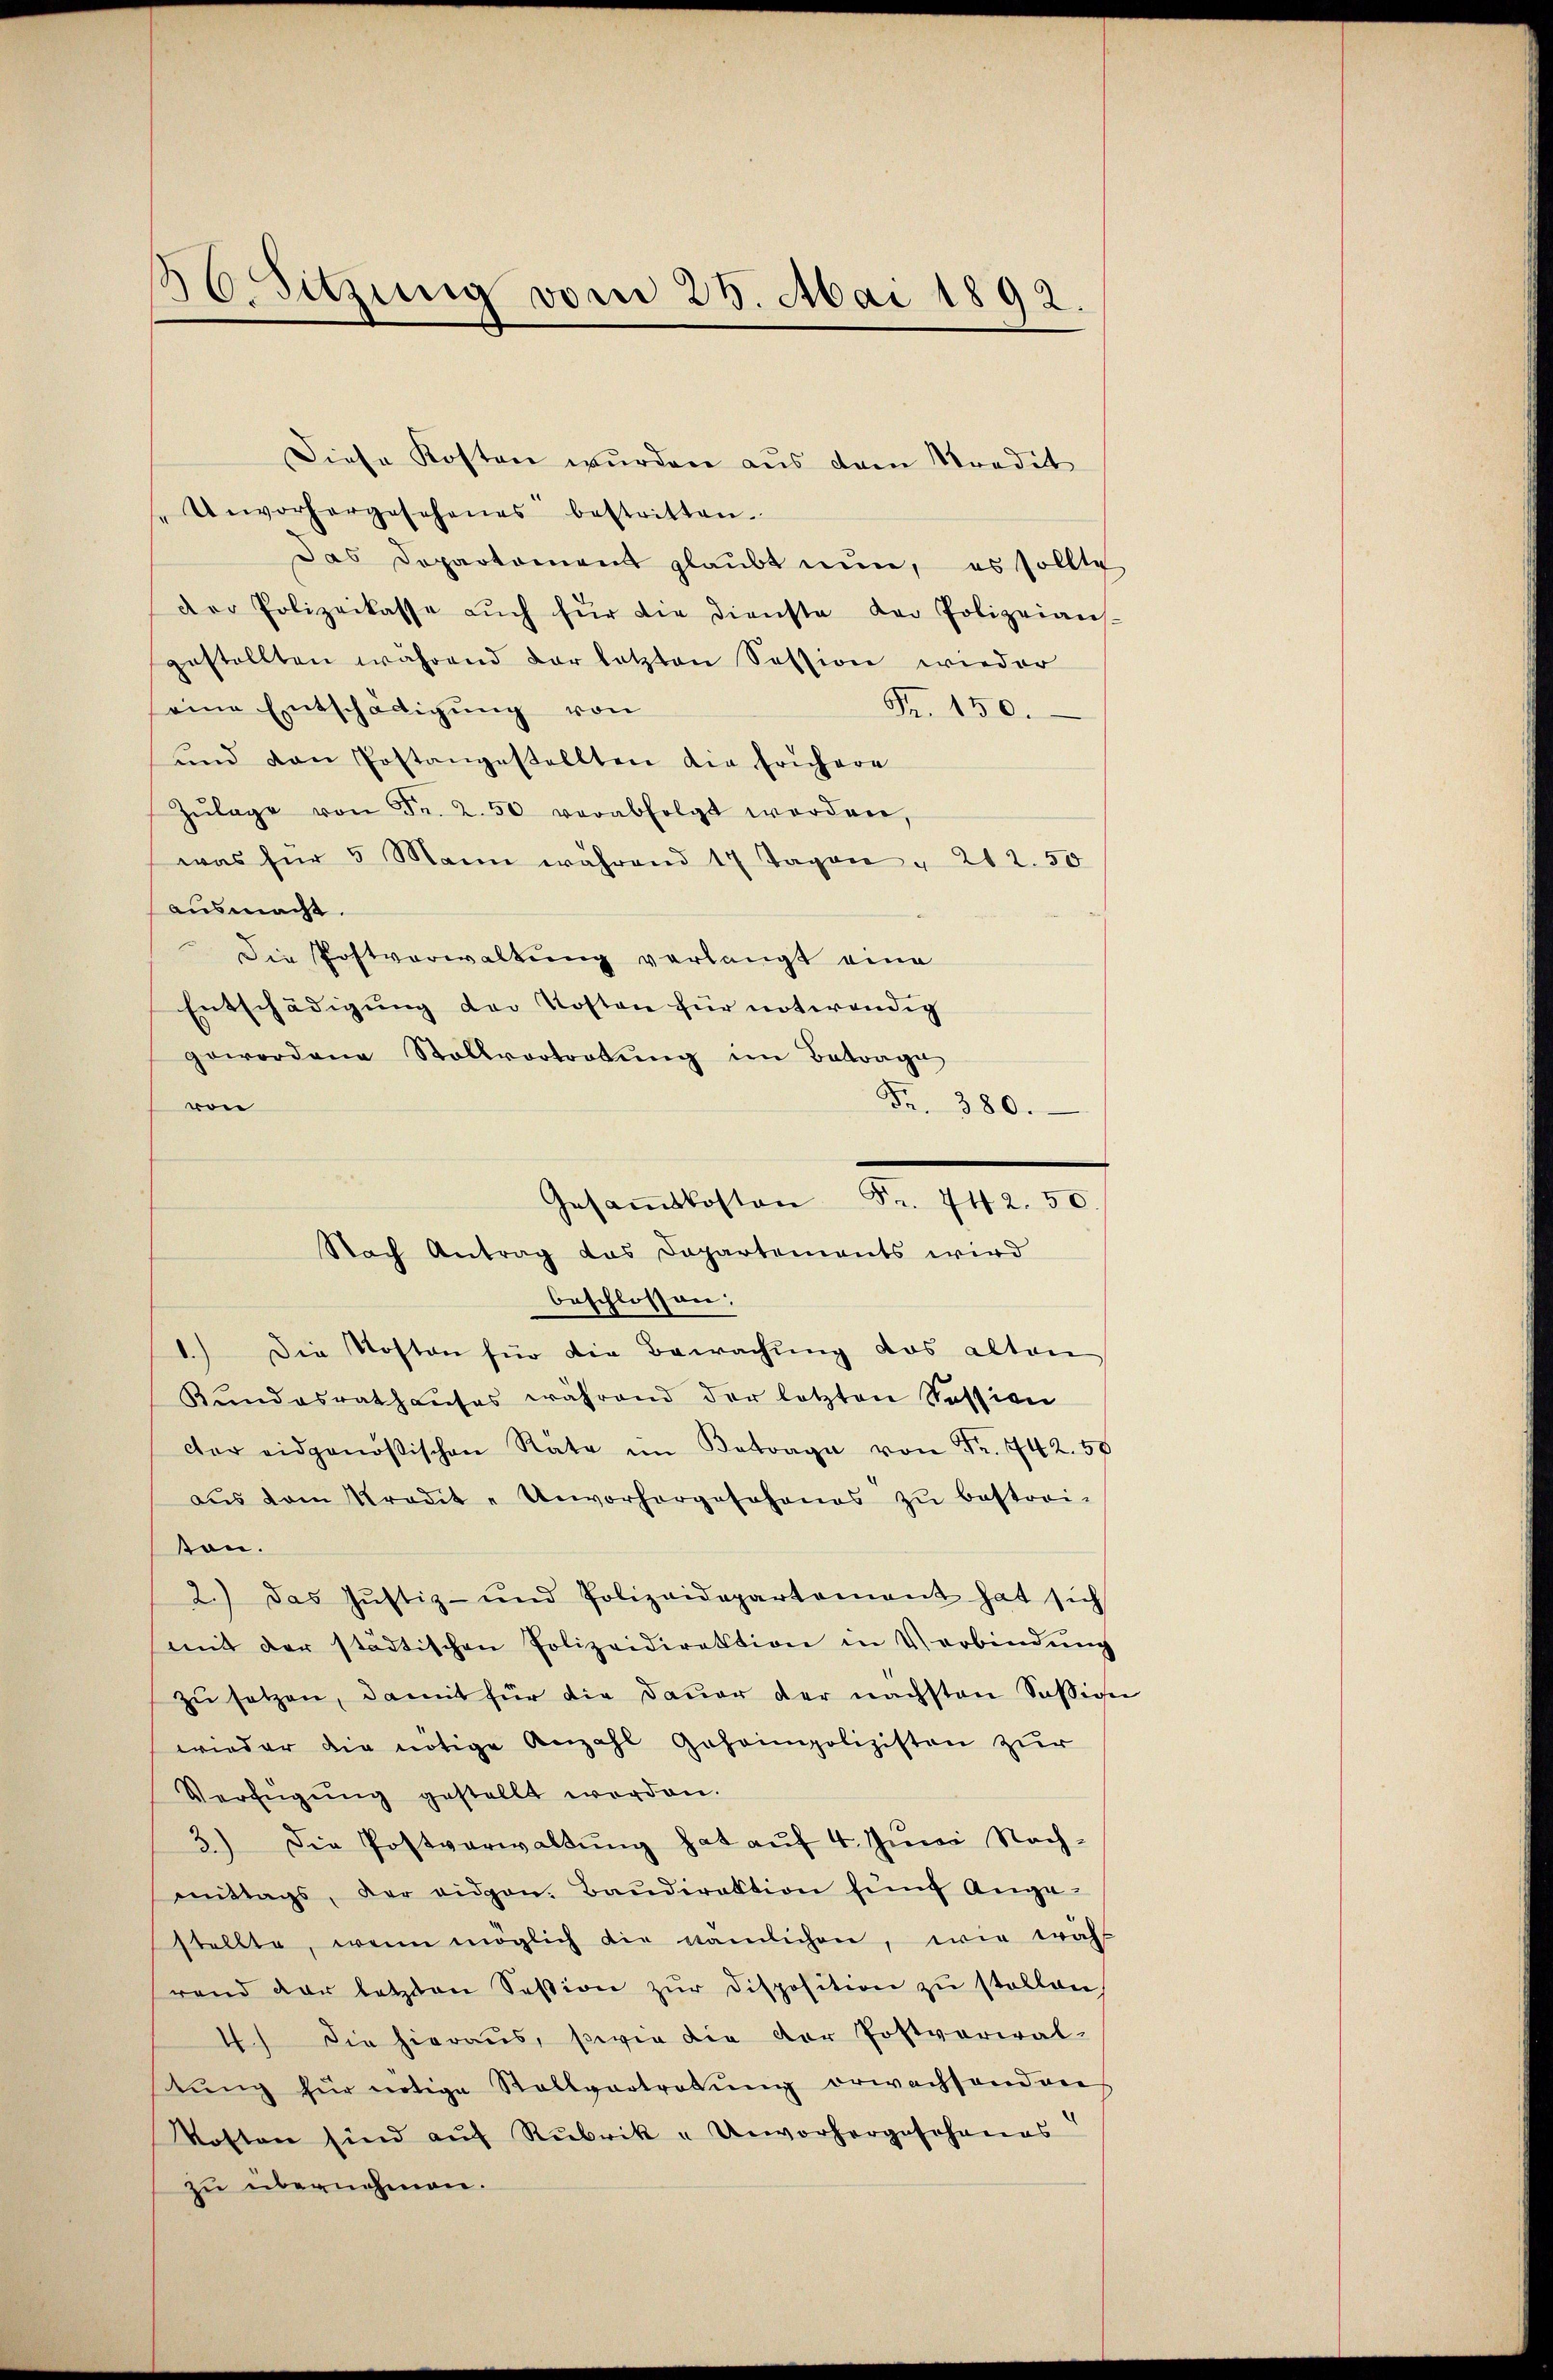
86. Sitzung vom 25. Mai 1892.

Diese Kosten wurden aus dem Stradit
"Unvorhergeschenes bestritten.
Das Departement glaubt nun, es sollte
der Polizeikasse aŭch für die dienste der Polizeian-
gestellten während der letzten Session wieder
seine Entschädigung von
Fr. 150.
und den Postangestellten die frühere
Zŭlage von Fr. 2.50 verabfolgt worden,
was für 5 Mann während 14 Tagen " 212.50
ausmacht.
Die Postverwaltung verlangt eine
Entschädigung der Kosten für notwendig
gewordene Stollvortretŭng im Betrage
von
Fr. 380.
Gesaṁtkosten Fr. 442. 50.
Nach Antrag das Dapartements wird
beschlossen:
1.) Die Kosten für die Bewachung das alten
Kŭndesrathaŭses während der letzten Session
der eidgenößischen Räte im Betrage von Fr. 742. 58
aŭs dem Kredit- Unvorhergeschenes zŭ bestrei-
ton.
2.) Das Jŭstiz- und Polizeidepartement hat sich
mit der städtischen Polizeidirektion in Verbindŭng
zŭ setzen, damit für die Dauer der nächsten Sassige
wieder die nötige Anzahl Geheimpolizisten zur
Verfügŭng gestellt werden.
3.) Die Postverwaltung hat auf 4. Juni Nachmittags, der eidgen. Baŭdirektion fünf Ange-
stellte, wenn möglich die nämlichen, wie wähl
rend dar letzten Session zŭr disposition zŭ stellen,
die hieraus, sowie die der Postverwal-
d
tŭng für nötige Rollvertretŭng erwachsenden
kosten sind auf Rubrik u Unvorhergeschanas
zu übernehmen.